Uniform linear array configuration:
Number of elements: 48
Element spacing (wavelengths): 0.25
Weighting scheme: hann
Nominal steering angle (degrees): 0
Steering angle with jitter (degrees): -0.5559
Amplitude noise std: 0.05
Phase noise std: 0.05

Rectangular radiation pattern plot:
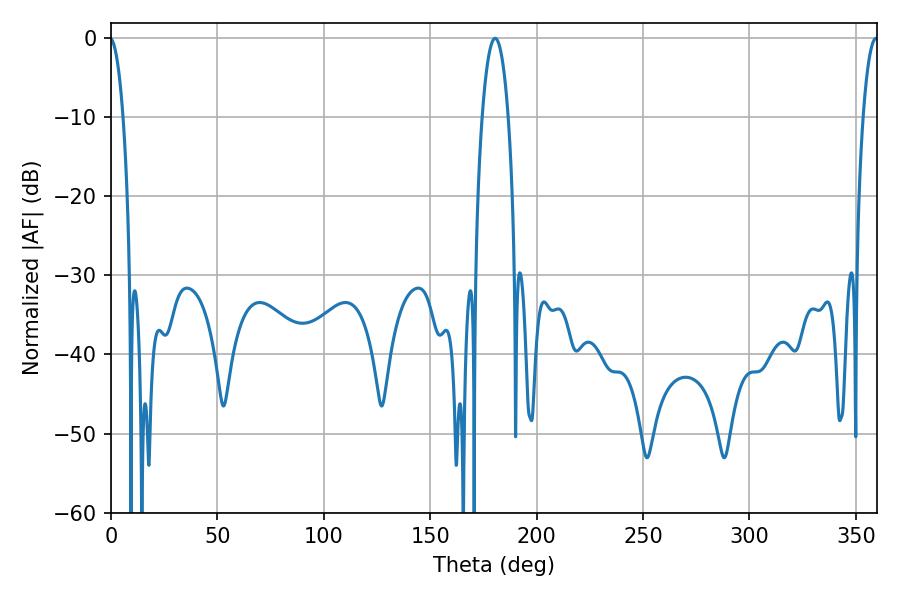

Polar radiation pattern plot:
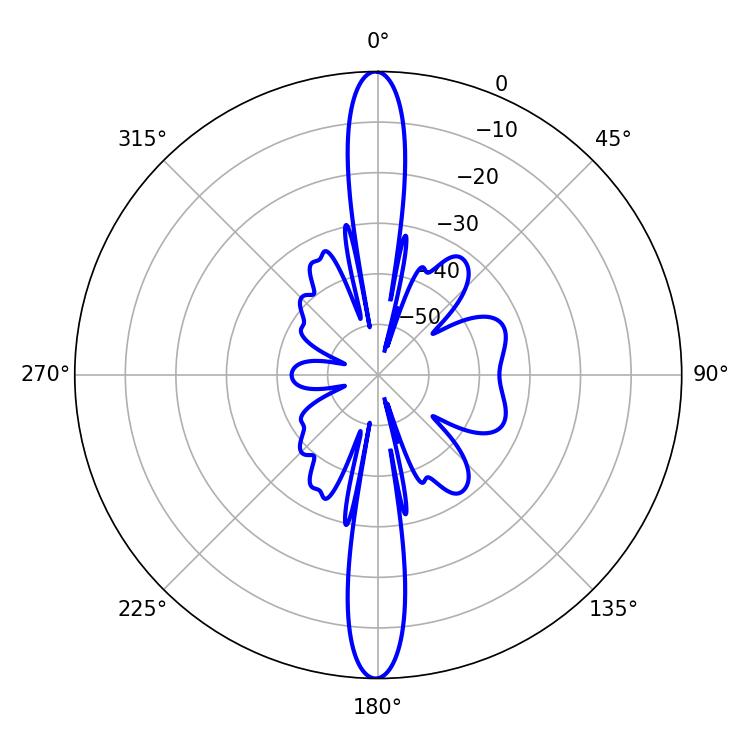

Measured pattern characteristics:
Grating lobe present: FALSE
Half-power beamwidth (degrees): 6.84
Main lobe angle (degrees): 180.54